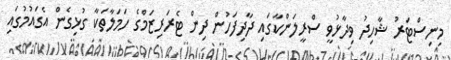
މިނިސްޓަރު ޝާހިދު ވިދާޅުވީ ސްރީލަންކާގައި ދާދިފަހުން ދިން ޓެރަރިޒަމްގެ ހަމަލާތަކާ ގުޅިގެން އެގައުމުގައި